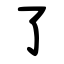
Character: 了